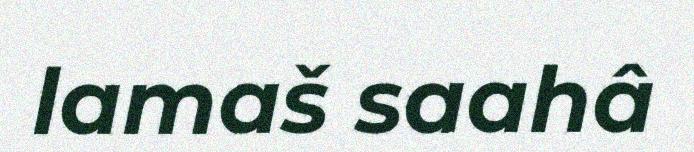
lamaš saahâ